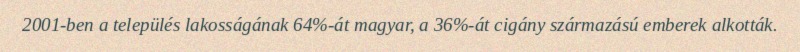
2001-ben a település lakosságának 64%-át magyar, a 36%-át cigány származású emberek alkották.